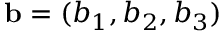
{ \mathbf { b } } = ( b _ { 1 } , b _ { 2 } , b _ { 3 } )